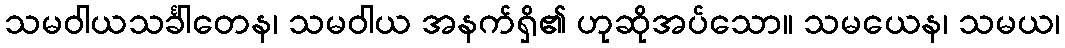
သမဝါယသင်္ခါတေန၊ သမဝါယ အနက်ရှိ၏ ဟုဆိုအပ်သော။ သမယေန၊ သမယ၊